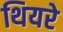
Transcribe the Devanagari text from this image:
थियरे